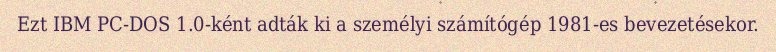
Ezt IBM PC-DOS 1.0-ként adták ki a személyi számítógép 1981-es bevezetésekor.